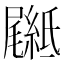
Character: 𦅴